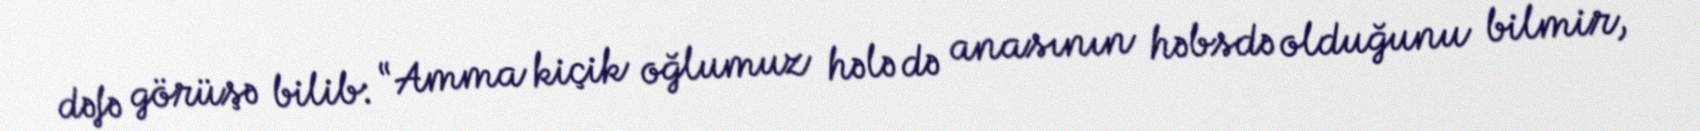
dəfə görüşə bilib: “Amma kiçik oğlumuz hələ də anasının həbsdə olduğunu bilmir,